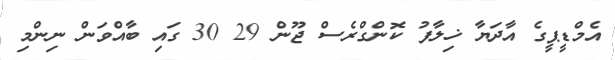
އެމްޑީޕީގެ އާދަޔާ ޚިލާފު ކޮންގްރެސް ޖޫން 29 30 ގައި ބާއްވަން ނިންމި